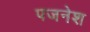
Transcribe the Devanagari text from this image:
पजनेश